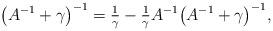
LaTeX: \begin{align*}\big(A^{-1} + \gamma\big)^{-1} = \tfrac{1}{\gamma} - \tfrac{1}{\gamma} A^{-1} \big(A^{-1} + \gamma\big)^{-1}, \end{align*}